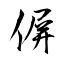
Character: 偋